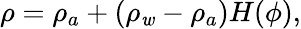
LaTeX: \rho=\rho_{a}+\left(\rho_{\mathit{w}}-\rho_{a}\right)H(\phi),